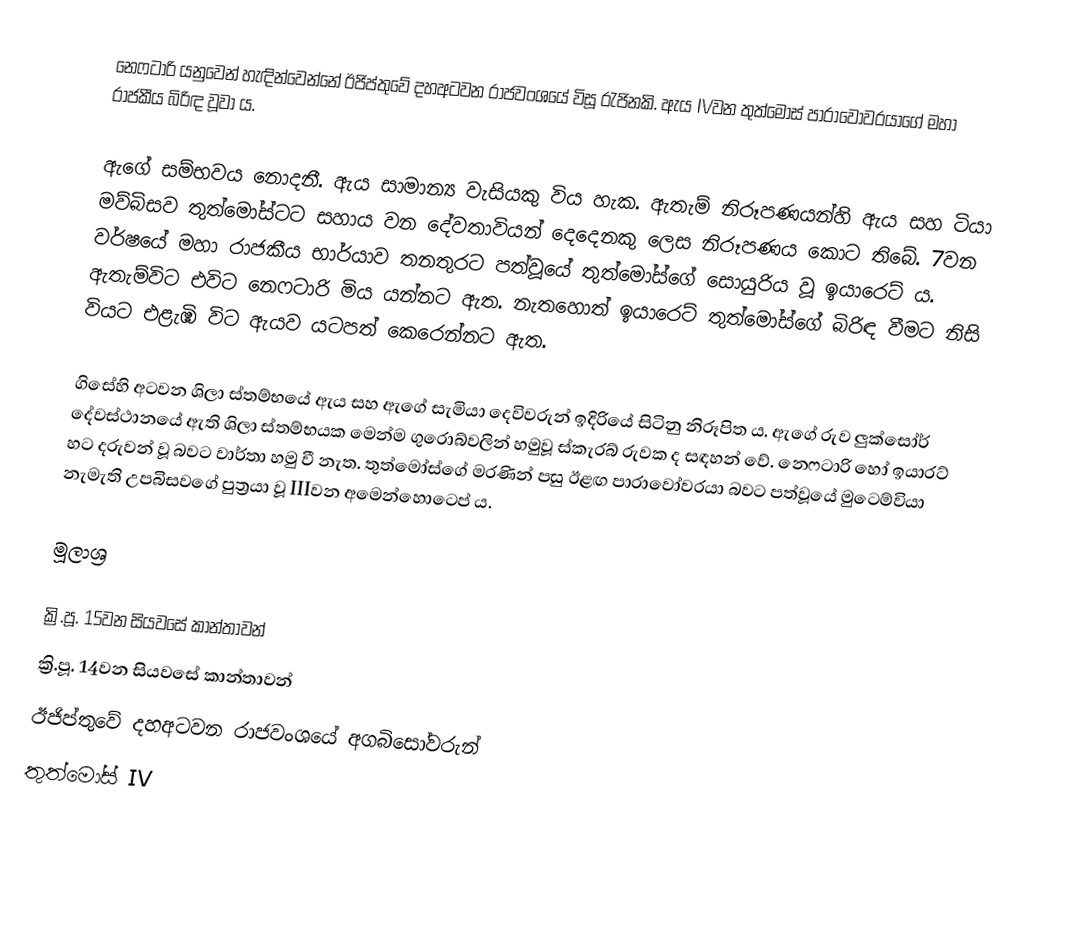
නෙෆටාරි යනුවෙන් හැඳින්වෙන්නේ ඊජිප්තුවේ දහඅටවන රාජවංශයේ විසූ රැජිනකි. ඇය IVවන තුත්මෝස් පාරාවෝවරයාගේ මහා රාජකීය බිරිඳ වූවා ය.

ඇගේ සම්භවය නොදනී. ඇය සාමාන්‍ය වැසියකු විය හැක. ඇතැම් නිරූපණයන්හි ඇය සහ ටියා මව්බිසව තුත්මෝස්ටට සහාය වන දේවතාවියන් දෙදෙනකු ලෙස නිරූපණය කොට තිබේ. 7වන වර්ෂයේ මහා රාජකීය භාර්යාව තනතුරට පත්වූයේ තුත්මෝස්ගේ සොයුරිය වූ ඉයාරෙට් ය. ඇතැම්විට එවිට නෙෆටාරි මිය යන්නට ඇත. නැතහොත් ඉයාරෙට් තුත්මෝස්ගේ බිරිඳ වීමට නිසි වියට එළැඹි විට ඇයව යටපත් කෙරෙන්නට ඇත.

ගිසේහි අටවන ශිලා ස්තම්භයේ ඇය සහ ඇගේ සැමියා දෙවිවරුන් ඉදිරියේ සිටිනු නිරූපිත ය. ඇගේ රුව ලුක්සෝර් දේවස්ථානයේ ඇති ශිලා ස්තම්භයක මෙන්ම ගුරොබ්වලින් හමුවූ ස්කැරබ් රුවක ද සඳහන් වේ. නෙෆටාරි හෝ ඉයාරට් හට දරුවන් වූ බවට වාර්තා හමු වී නැත. තුත්මෝස්ගේ මරණින් පසු ඊළඟ පාරාවෝවරයා බවට පත්වූයේ මුටෙම්වියා නැමැති උපබිසවගේ පුත්‍රයා වූ IIIවන අමෙන්හොටෙප් ය.

මූලාශ්‍ර

ක්‍රි.පූ. 15වන සිය‍වසේ කාන්තාවන්
ක්‍රි.පූ. 14වන සියවසේ කාන්තාවන්
ඊජිප්තුවේ දහඅටවන රාජවංශයේ අගබිසෝවරුන්
තුත්මෝස් IV